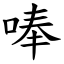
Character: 唪